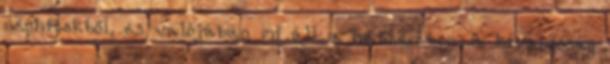
néphitekből, és valójában mi áll a hátterében A kívánósság